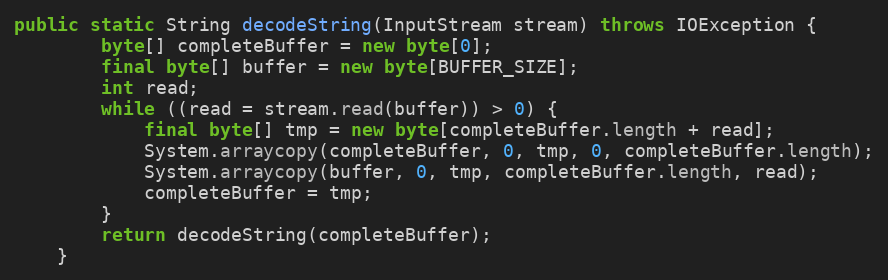
Language: Java
public static String decodeString(InputStream stream) throws IOException {
		byte[] completeBuffer = new byte[0];
		final byte[] buffer = new byte[BUFFER_SIZE];
		int read;
		while ((read = stream.read(buffer)) > 0) {
			final byte[] tmp = new byte[completeBuffer.length + read];
			System.arraycopy(completeBuffer, 0, tmp, 0, completeBuffer.length);
			System.arraycopy(buffer, 0, tmp, completeBuffer.length, read);
			completeBuffer = tmp;
		}
		return decodeString(completeBuffer);
	}